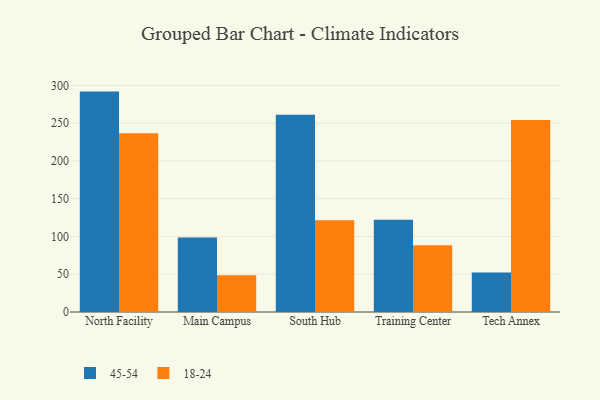
{"axis": {"x": "Campus", "y": "Page Views"}, "legend": ["18-24", "45-54"], "data": [{"x": "North Facility", "y": 291.8, "type": "45-54"}, {"x": "North Facility", "y": 236.7, "type": "18-24"}, {"x": "Main Campus", "y": 98.8, "type": "45-54"}, {"x": "Main Campus", "y": 48.5, "type": "18-24"}, {"x": "South Hub", "y": 261.0, "type": "45-54"}, {"x": "South Hub", "y": 121.5, "type": "18-24"}, {"x": "Training Center", "y": 122.3, "type": "45-54"}, {"x": "Training Center", "y": 88.4, "type": "18-24"}, {"x": "Tech Annex", "y": 52.2, "type": "45-54"}, {"x": "Tech Annex", "y": 254.3, "type": "18-24"}]}